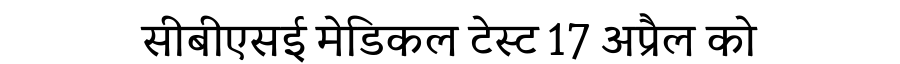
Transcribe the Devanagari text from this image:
सीबीएसई मेडिकल टेस्ट 17 अप्रैल को